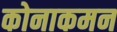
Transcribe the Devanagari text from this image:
कोनाकमन